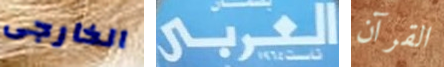
الخارجى العربي القرآن